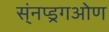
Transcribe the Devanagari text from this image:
स्ंनप्ड्रगओण